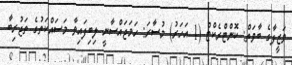
ވަޒީފާގެ ބާވަތް: ކޮންޓްރެކްޓް (1 އަހަރު) މުސާރަ: ހަމަޖައްސާނީ ލިބިފައިވާ މަސައްކަތުގެ ތަޖުރިބާ